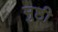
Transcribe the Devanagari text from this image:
मुष्ठी